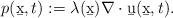
LaTeX: \begin{align*}p(\b x,t):= \lambda(\b x) \nabla\cdot\b u(\b x,t).\end{align*}